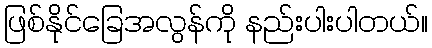
ဖြစ်နိုင်ခြေအလွန်ကို နည်းပါးပါတယ်။